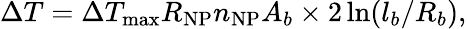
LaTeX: \Delta T=\Delta T_{\mathrm{max}}R_{\mathrm{NP}}n_{\mathrm{NP}}A_{b}\times 2\ln(l_{b}/R_{b}),